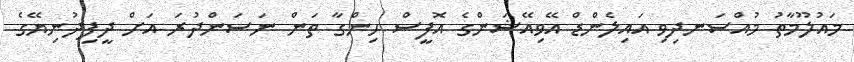
މައުލޫމާތު މުއްސަނދިވި އައިލެންޑް އޭވިއޭޝަންގެ އޮފީސް ހިންގާ ތަން ނަސަންދުރަ އަށް ދީފިދުނިޔޭގެ